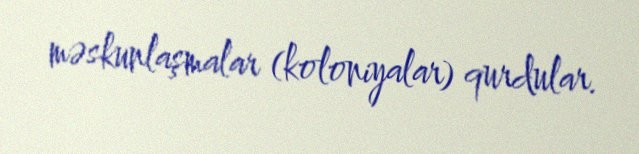
məskunlaşmalar (koloniyalar) qurdular.